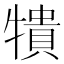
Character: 𰠼